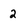
Character: 2